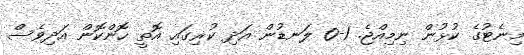
މިނެޓުގެ ކުޅުން ނިމިއްޖެ. 1-0 ލަނޑުން އަދި ކުޜިގައި އޮތީ ހޮންކޮން އަދިވެސް